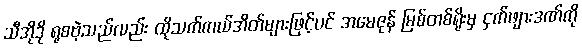
သီအိုဒို ရုစဗဲ့သည်လည်း ထိုသက်ကယ်အိတ်များဖြင့်ပင် အမေဇုန် မြစ်တစ်ရိုးမှ ငှက်ဖျားဒဏ်ကို